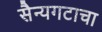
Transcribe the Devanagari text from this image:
सैन्यगटाचा